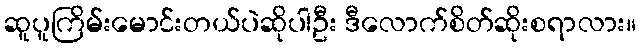
ဆူပူကြိမ်းမောင်းတယ်ပဲဆိုပါဦး ဒီလောက်စိတ်ဆိုးစရာလား။